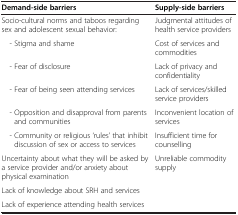
| Demand-side barriers | Supply-side barriers |
 | --- | --- |
 | Socio-cultural norms and taboos regarding sex and adolescent sexual behavior: | Judgmental attitudes of health service providers |
 | - Stigma and shame | Cost of services and commodities |
 | - Fear of disclosure | Lack of privacy and confidentiality |
 | - Fear of being seen attending services | Lack of services/skilled service providers |
 | - Opposition and disapproval from parents and communities | Inconvenient location of services |
 | - Community or religious 'rules’ that inhibit discussion of sex or access to services | Insufficient time for counselling |
 | Uncertainty about what they will be asked by a service provider and/or anxiety about physical examination | <ROWSPAN=3> Unreliable commodity supply |
 | Lack of knowledge about SRH and services |
 | Lack of experience attending health services |